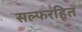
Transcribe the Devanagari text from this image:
सल्फरहित